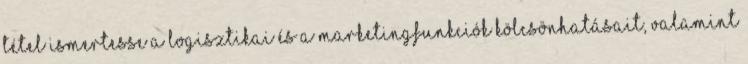
tétel Ismertesse a logisztikai és a marketingfunkciók kölcsönhatásait, valamint